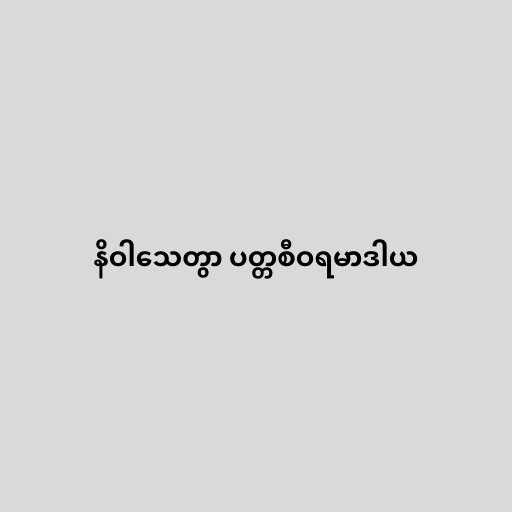
နိဝါသေတွာ ပတ္တစီဝရမာဒါယ